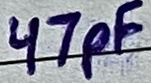
Text: 47pF